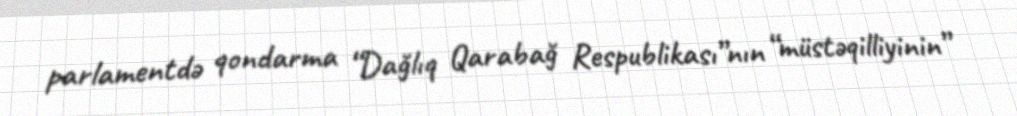
parlamentdə qondarma “Dağlıq Qarabağ Respublikası”nın “müstəqilliyinin”